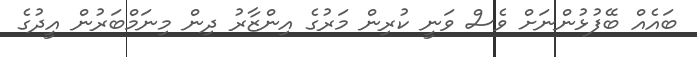
ބައެއް ބޭފުޅުންނަށް ވެސް ވަނީ ކުރިން މަރުގެ އިންޒާރު ދިން މިނަމްބަރުން އީދުގެ